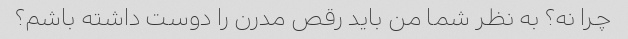
چرا نه؟ به نظر شما من باید رقص مدرن را دوست داشته باشم؟